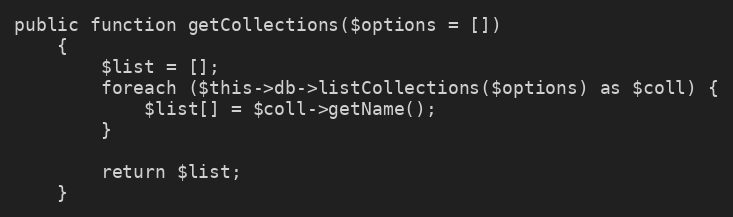
Language: PHP
public function getCollections($options = [])
    {
        $list = [];
        foreach ($this->db->listCollections($options) as $coll) {
            $list[] = $coll->getName();
        }

        return $list;
    }